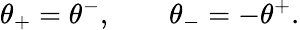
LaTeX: \theta_{+}=\theta^{-},\qquad\theta_{-}=-\theta^{+}.